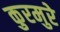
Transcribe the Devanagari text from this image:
कुरमुरे